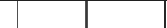
٢٣